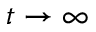
t \rightarrow \infty